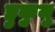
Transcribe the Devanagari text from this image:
हुकुमु